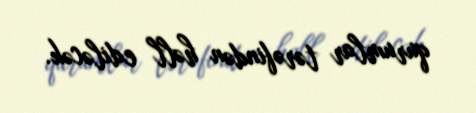
qurumlar tərəfindən həll ediləcək.